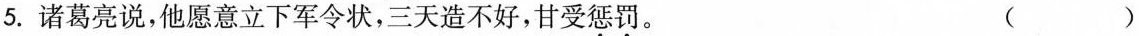
5.诸葛亮说，他愿意立下军令状，三天造不好，甘受惩罚。 ( )